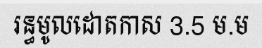
រន្ធមូលដោតកាស 3.5 ម.ម